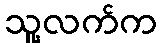
သူ့လက်က